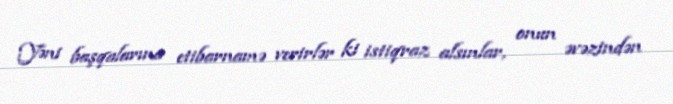
Yəni başqalarına etibarnamə verirlər ki istiqraz alsınlar, onun əvəzindən